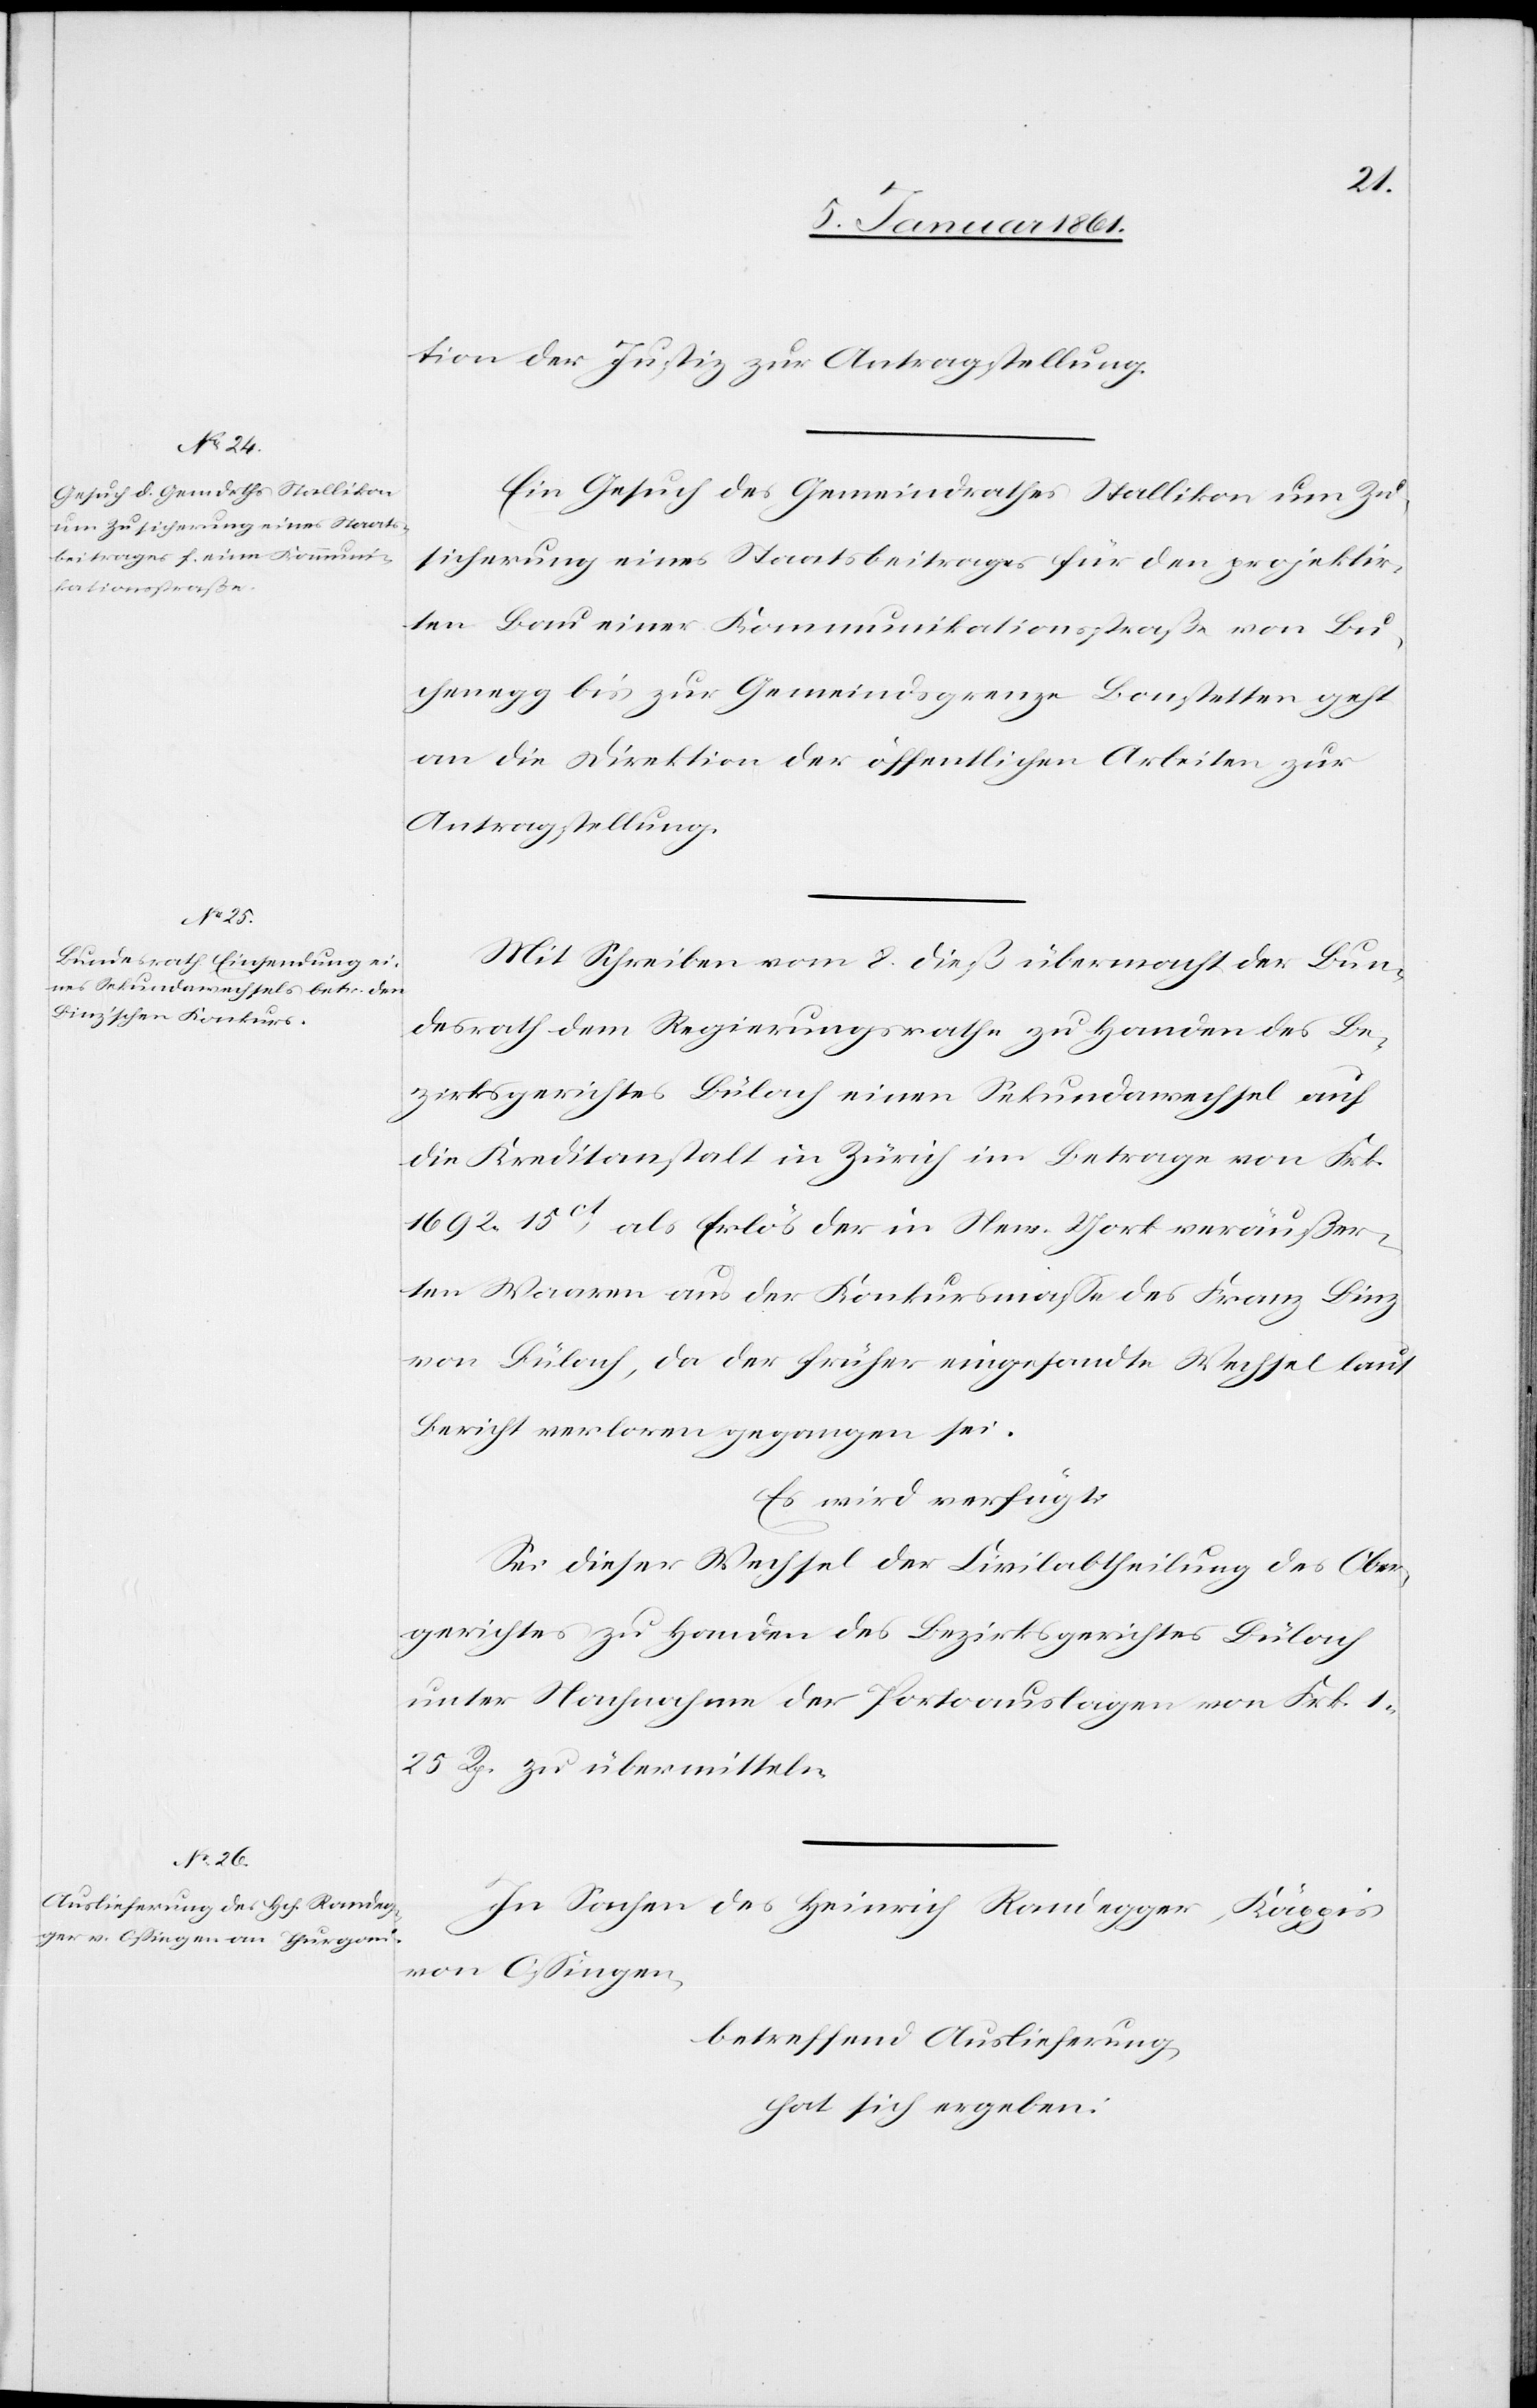
9. Januar 1861.]
tion der Justiz zur Antragstellung.
Ein Gesuch des Gemeindrathes Stallikon um Zu¬
sicherung eines Staatsbeitrages für den projektir¬
ten Bau einer Kommunikationsstraße von Bu¬
chenegg bis zur Gemeindsgrenze Bonstetten geht
an die Direktion der öffentlichen Arbeiten zur
Antragstellung.
Mit Schreiben vom 8. dieß übermacht der Bun¬
desrath dem Regierungsrathe zu Handen des Be¬
zirksgerichtes Bülach einen Sekundarwechsel auf
die Kreditanstalt in Zürich im Betrage von Frk.
1692. 15C als Erlös der in New-York veräusser¬
ten Waaren aus der Konkursmasse des Franz Binz
von Bülach, da der früher eingesandte Wechsel laut
Bericht verloren gegangen sei.
Es wird verfügt:
Sei dieser Wechsel der Civilabtheilung des Ober¬
gerichtes zu Handen des Bezirksgerichtes Bülach
unter Nachnahme der Portoauslagen von Frk. 1.
25 Rp. zu übermitteln.
In Sachen des Heinrich Randegger, Käppis
von Ossingen,
betreffend Auslieferung,
hat sich ergeben: